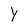
Character: y